Report on vaccination proceedings throughout the Government of Bengal -
Year: 1868
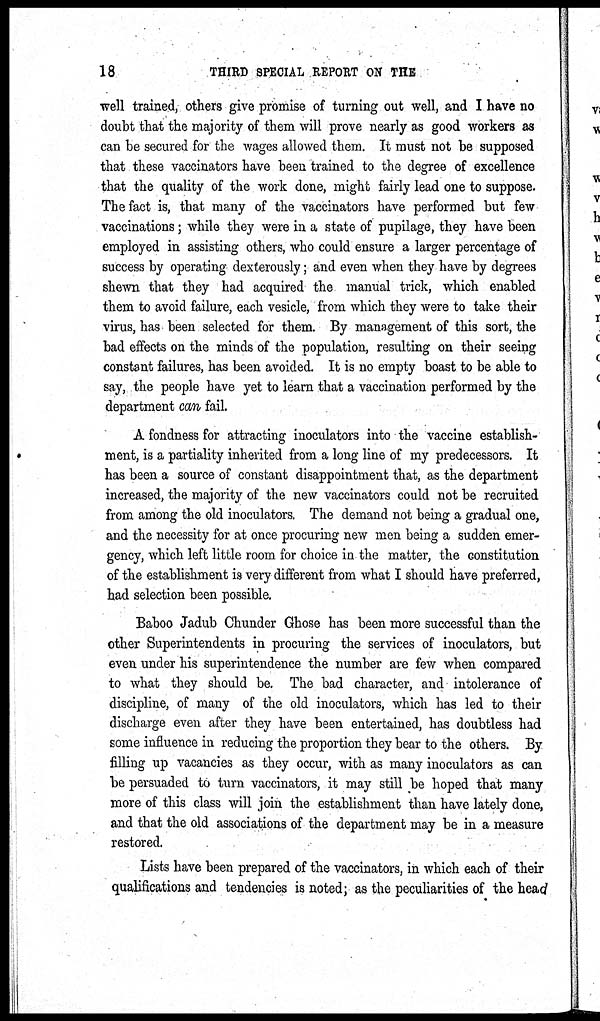
18
THIRD SPECIAL REPORT ON THE
well trained, others give promise of turning out well, and I have no
doubt that the majority of them will prove nearly as good workers as
can be secured for the wages allowed them. It must not be supposed
that these vaccinators have been trained to the degree of excellence
that the quality of the work done, might fairly lead one to suppose.
The fact is, that many of the vaccinators have performed but few
vaccinations; while they were in a state of pupilage, they have been
employed in assisting others, who could ensure a larger percentage of
success by operating dexterously; and even when they have by degrees
shewn that they had acquired the manual trick, which enabled
them to avoid failure, each vesicle, from which they were to take their
virus, has been selected for them. By management of this sort, the
bad effects on the minds of the population, resulting on their seeing
constant failures, has been avoided. It is no empty boast to be able to
say, the people have yet to learn that a vaccination performed by the
department can fail.
A fondness for attracting inoculators into the vaccine establish-
ment, is a partiality inherited from a long line of my predecessors. It
has been a source of constant disappointment that, as the department
increased, the majority of the new vaccinators could not be recruited
from among the old inoculators. The demand not being a gradual one,
and the necessity for at once procuring new men being a sudden emer-
gency, which left little room for choice in the matter, the constitution
of the establishment is very different from what I should have preferred,
had selection been possible.
Baboo Jadub Chunder Ghose has been more successful than the
other Superintendents in procuring the services of inoculators, but
even under his superintendence the number are few when compared
to what they should be. The bad character, and intolerance of
discipline, of many of the old inoculators, which has led to their
discharge even after they have been entertained, has doubtless had
some influence in reducing the proportion they bear to the others. By
filling up vacancies as they occur, with as many inoculators as can
be persuaded to turn vaccinators, it may still be hoped that many
more of this class will join the establishment than have lately done,
and that the old associations of the department may be in a measure
restored.
Lists have been prepared of the vaccinators, in which each of their
qualifications and tendencies is noted; as the peculiarities of the head